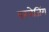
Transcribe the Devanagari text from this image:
परचेजिंग